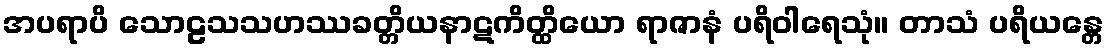
အပရာပိ သောဠသသဟဿခတ္တိယနာဋကိတ္ထိယော ရာဇာနံ ပရိဝါရေသုံ။ တာသံ ပရိယန္တေ